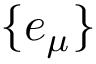
\{ e _ { \mu } \}